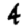
Digit: 4